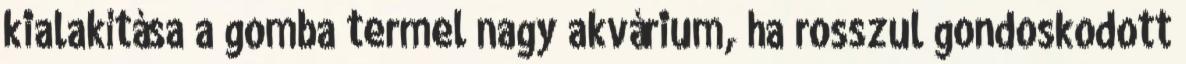
kialakítása a gomba termel nagy akvárium, ha rosszul gondoskodott